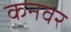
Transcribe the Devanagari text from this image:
कनवर